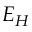
E _ { H }